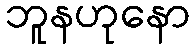
ဘူနဟုနော